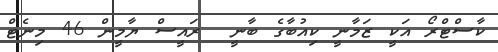
ކާސްޓްރޯ އަކީ ޒަމާނީ ކިއުބާގެ ބާނީ  ރައީސް ޔާމީން 46 މިނެޓް